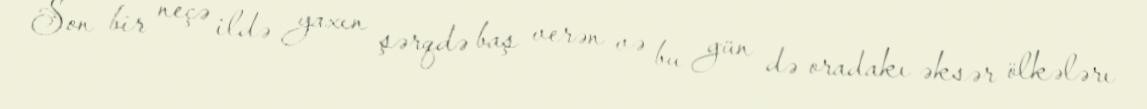
Son bir neçə ildə yaxın şərqdə baş verən və bu gün də oradakı əksər ölkələrı